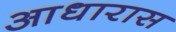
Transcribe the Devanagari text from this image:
आधारास